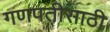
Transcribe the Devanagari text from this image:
गणपतीसाठी